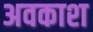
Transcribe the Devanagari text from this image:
अवकाश्‍ा